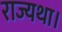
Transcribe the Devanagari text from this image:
राज्यथा।